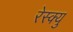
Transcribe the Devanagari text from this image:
रेस्क्यु